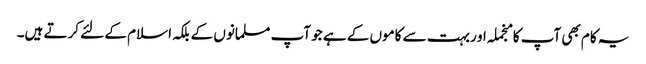
یہ کام بھی آپ کا منجملہ او ربہت سے کاموں کے ہے جو آپ مسلمانوں کے بلکہ اسلام کے لئے کرتے ہیں۔